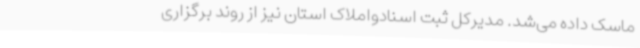
ماسک داده می‌شد. مدیرکل ثبت اسنادواملاک استان نیز از روند برگزاری